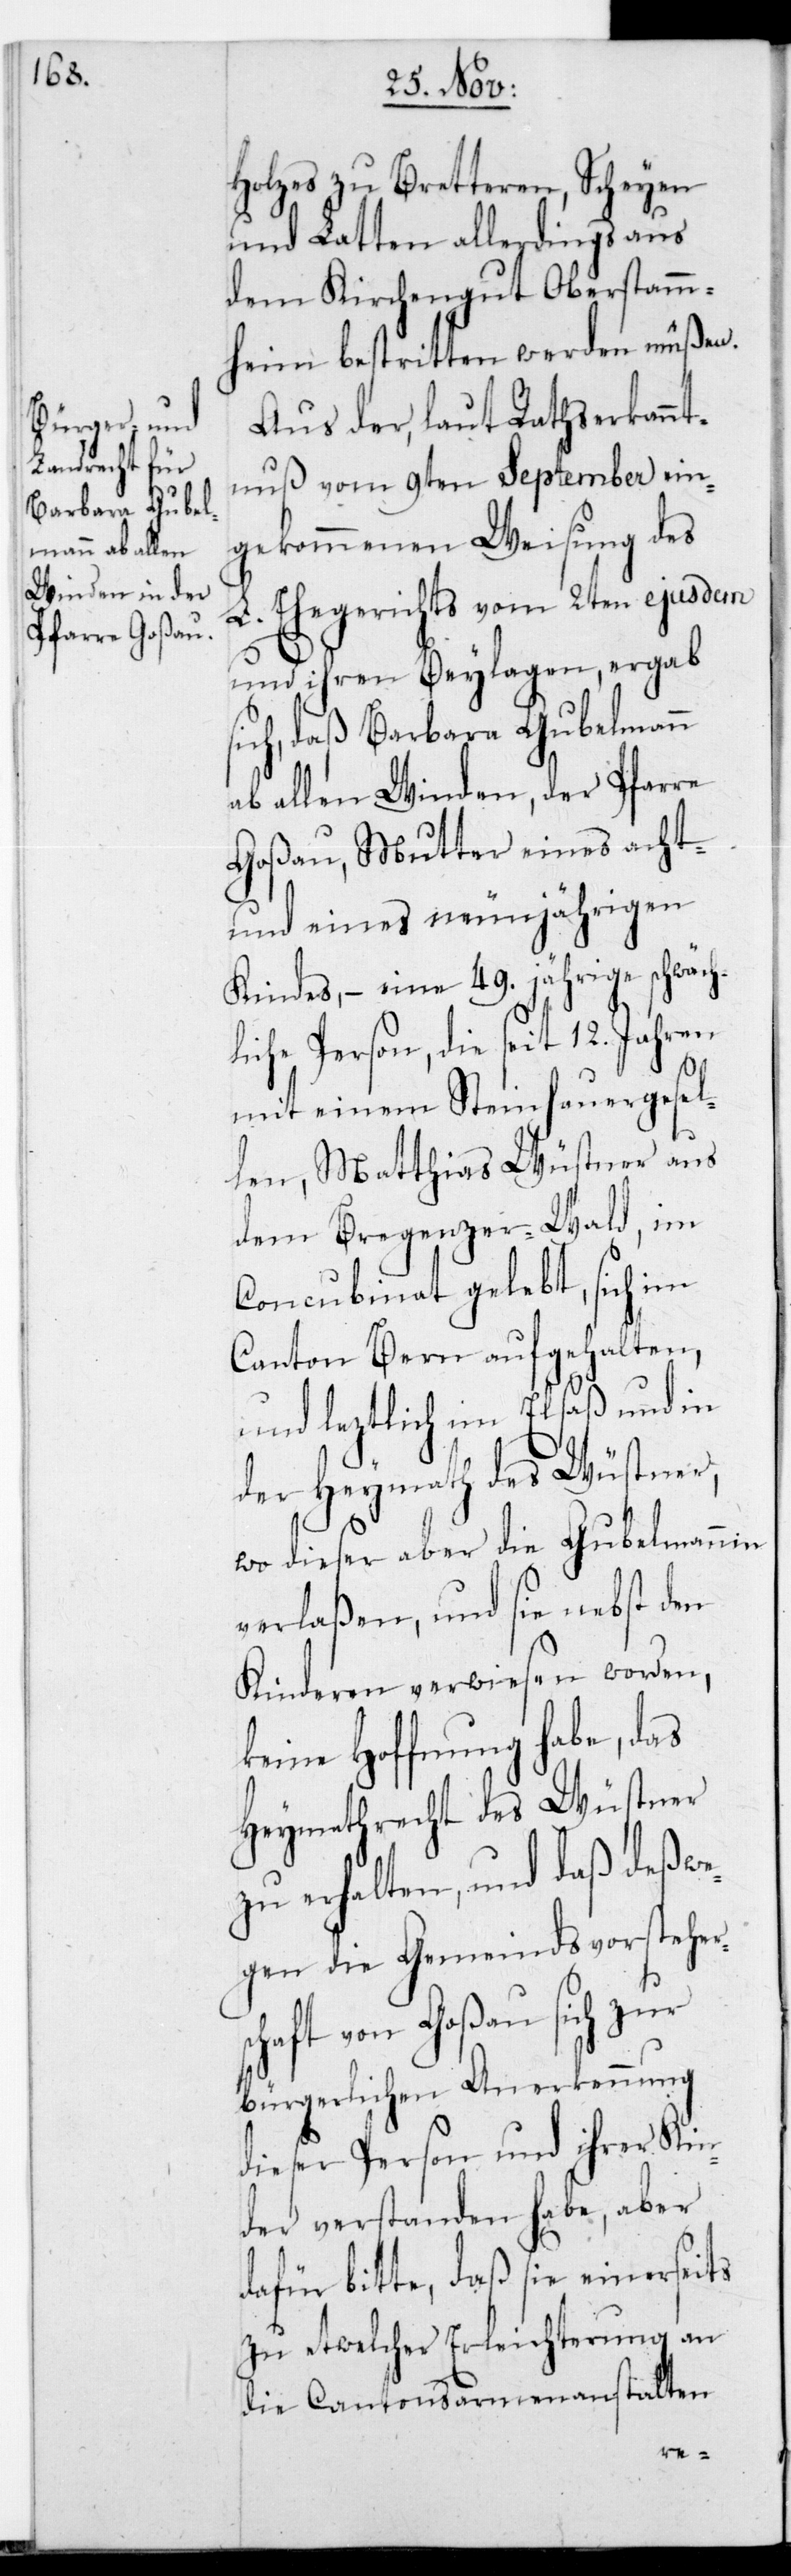
Holzes zu Bretteren, Scheyen
und Latten allerdings aus
dem Kirchengut Oberstamm¬
heim bestritten werden müßen.
Aus der, laut Rathserkannt¬
nus vom 9ten Setpember ein¬
gekommenen Weisung des
L. Ehegerichts vom 2ten ejusdem
und ihren Beylagen, ergab
sich, daß Barbara Gubelmann
ab allen Winden, der Pfarre
Goßau, Mutter eines acht-
und eines neunjährigen
Kindes, – eine 49. jährige schwäch¬
liche Person, die seit 12. Jahren
mit einem Steinhauergesel¬
len, Matthias Wüstner aus
dem Bregenzer-Wald, im
Concubinat gelebt, sich im
Canton Bern aufgehalten,
und leztlich im Elsaß und in
der Heymath des Wüstner,
wo dieser aber die Gubelmannin
verlaßen, und sie nebst den
Kinderen verwiesen worden,
keine Hoffnung habe, das
Heymathrecht des Wüstner
zu erhalten, und daß deswe¬
gen die Gemeindsvorsteher¬
schaft von Goßau sich zur
bürgerlichen Anerkennung
dieser Person und ihrer Kin¬
der verstanden habe, aber
dafür bitte, daß sie einerseits
zu etwelcher Erleichterung an
die Cantonsarmenanstalten